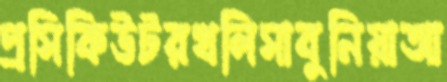
প্রসিকিউটরখলিসাবুনিয়াআ